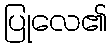
ပြုလေ၏